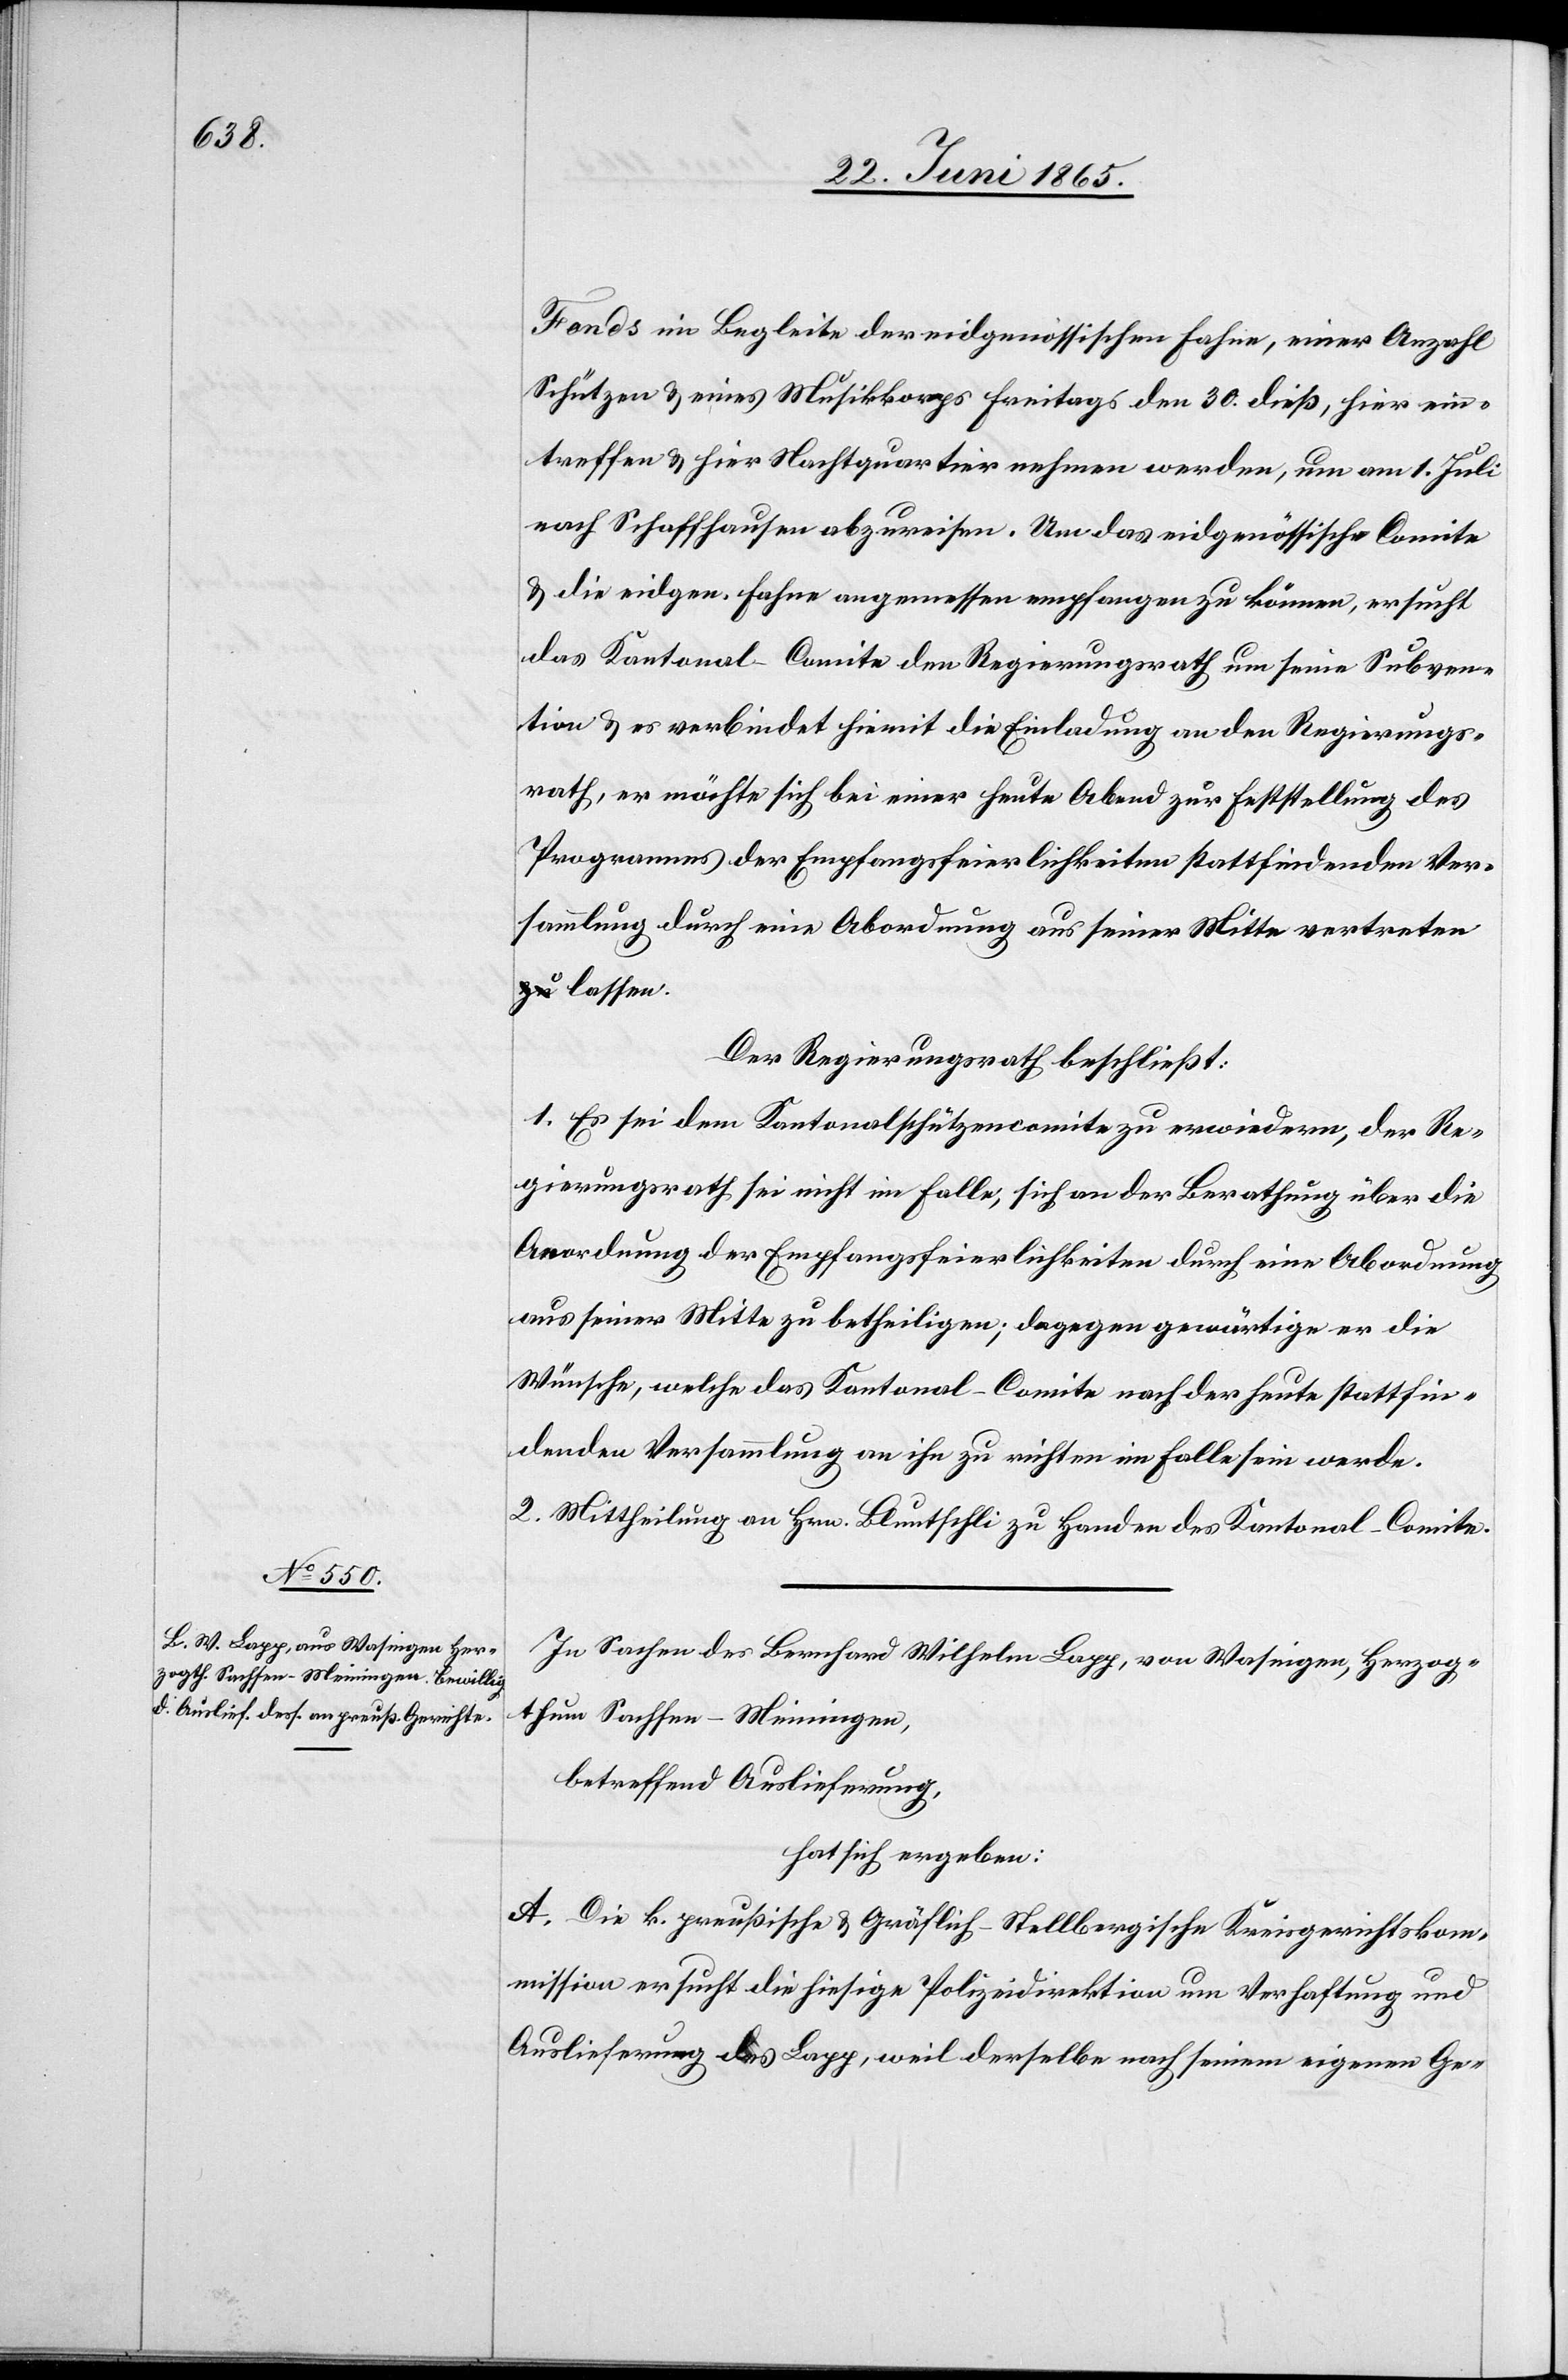
Fonds im Begleite der eidgenössischen Fahne, einer Anzahl
Schützen & eines Musikkorps Freitags den 30. dieß, hier ein¬
treffen & hier Nachtquartier nehmen werden, um am 1. Juli
nach Schaffhausen abzureisen. Um das eidgenössische Comite
& die eidgen. Fahne angemessen empfangen zu können, ersucht
das Kantonal-Comite den Regierungsrath um seine Subven¬
tion & es verbindet hiemit die Einladung an den Regierungs¬
rath, er möchte sich bei einer heute Abend zur Feststellung des
Programmes der Empfangsfeierlichkeiten stattfindenden Ver¬
sammlung durch eine Abordnung aus seiner Mitte vertreten
Der Regierungsrath beschließt:
1. Es sei dem Kantonalschützencomite zu erwiedern, der Re¬
gierungsrath sei nicht im Falle, sich an der Berathung über die
Anordnung der Empfangsfeierlichkeiten durch eine Abordnung
aus seiner Mitte zu betheiligen; dagegen gewärtige er die
Wünsche, welche das Kantonal-Comite nach der heute stattfin¬
denden Versammlung an ihn zu richten im Falle sein werde.
2. Mittheilung an Hrn. Bluntschli zu Handen des Kantonal-Comite.
In Sachen des Bernhard Wilhelm Lapp, von Wasingen, Herzog¬
thum Sachsen-Meiningen,
betreffend Auslieferung
hat sich ergeben:
A. Die k. preußische & Gräflich-Stellbergische Kreisgerichtskom¬
mission ersucht die hiesige Polizeidirektion um Verhaftung und
Auslieferung des Lapp, weil derselbe nach seinem eigenen Ge-